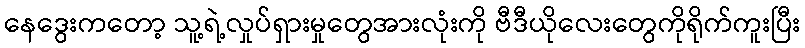
နေဒွေးကတော့ သူ့ရဲ့လှုပ်ရှားမှုတွေအားလုံးကို ဗီဒီယိုလေးတွေကိုရိုက်ကူးပြီး